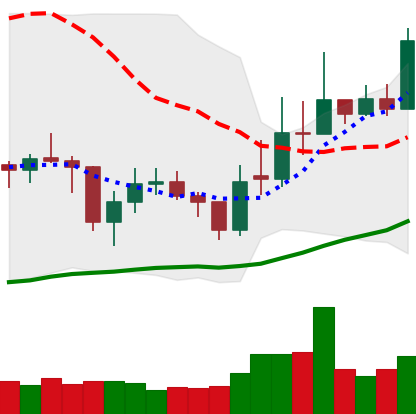
Ticker: EOS-USD
Chart end date: 2021-02-05
Forward return: 24.882%
Label: up_7plus